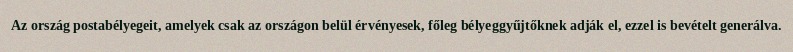
Az ország postabélyegeit, amelyek csak az országon belül érvényesek, főleg bélyeggyűjtőknek adják el, ezzel is bevételt generálva.